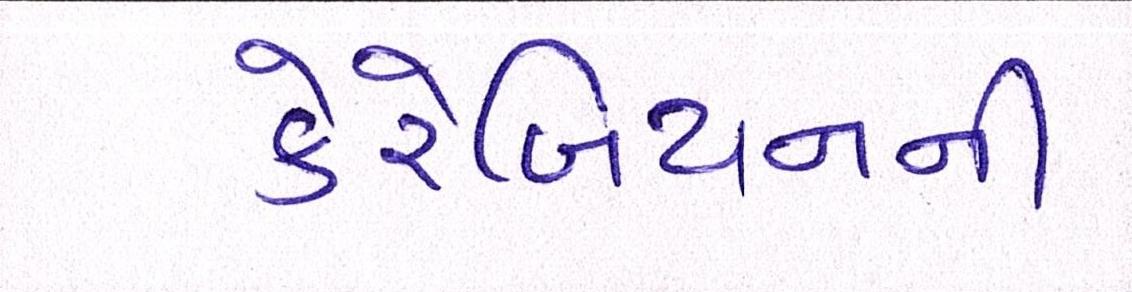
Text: કેરેબિયનની